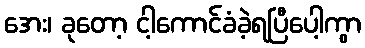
အေး၊ ခုတော့ ငါ့ကောင်ခံခဲ့ရပြီပေါ့ကွာ